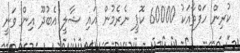
ކުރިން ހަފްތާއަކު 60000 ކޮޕީ ނެރެމުން އައި ޝާލީ އެބުދޫ އިން ވަނީ